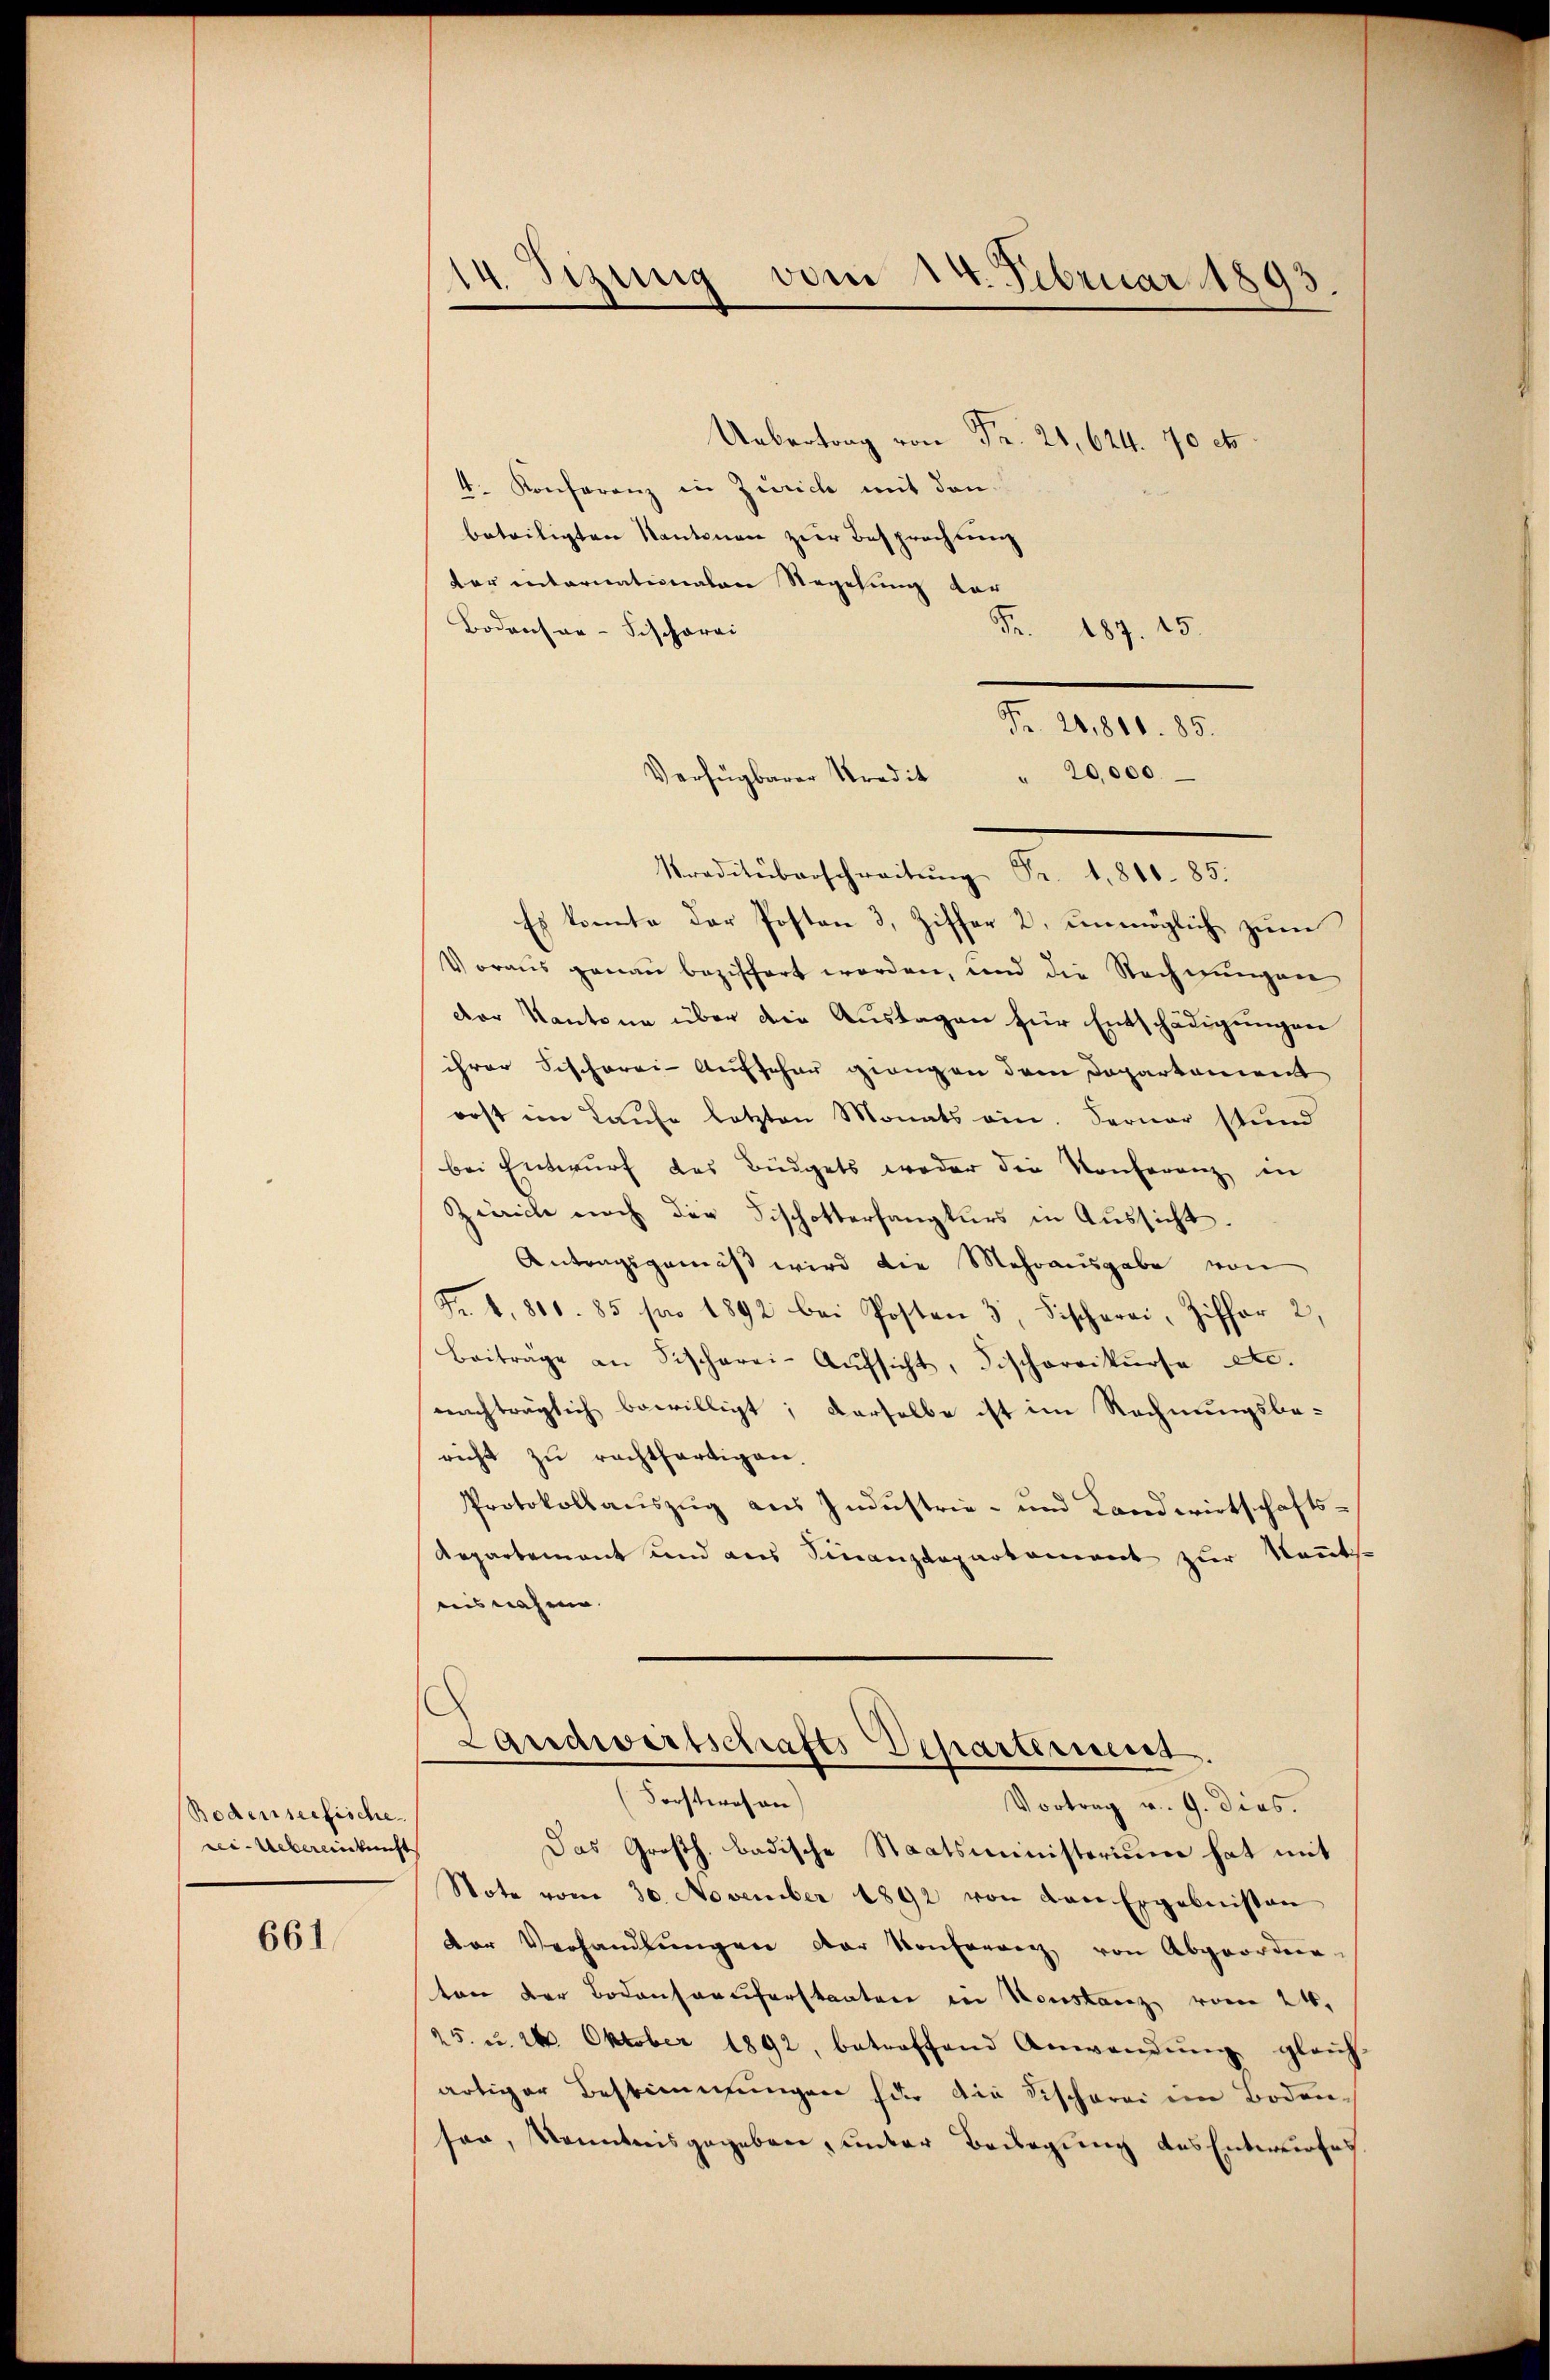
Bodenseefische
rei-Uebereinkunft

661.

14. Sizung vom 14. Februar 1893.

Uebertrag von Fr. 21, 624. 70 et
4. Konferenz in Zürich mit den
beteiligten Kantonen zur Besprechung
dar internationalen Regelung vor
Bodensan-Fischerei
Fr. 187. 15.
Fr. 20,818. 85.
" 20,000.
Traditüberschreitŭng Fr. 1818. 85.
Es konnte der Posten 3, Ziffer 2. unmöglich zum
Voraus genau beziffert worden, und die Rechnungen
der Kantone über die Auslagen für Entschädigungen
ihrer Fischerei- Aufsehen giengen dem Doparkament
rost im Laufe letzten Monats ein. Ferner stund
bei Entwurf des Büdgets weder die Konferenz in
Zürich noch die Fischotterhangkurs in Aussicht.
Antragsgemäß wird die Mehrausgabe von
Fr. 6. 811. 85 pro 1892 bei Posten 3, Fischerei, Ziffer 2,
Beiträge an Fischarei-Aŭfsicht, Fischorrikŭrsa etc.
nachträglich bewilligt; derselbe ist im Rechnungsbericht zŭ rechtfertigen.
Protokollaŭszŭg aŭs Indŭstrie- und Landwirtschafts-
Repartement und aus Finanzdeparkoment zur Kautse
aisnahme.
Landwertschafts-Departemens
(Forstwesen
Vortrag v. 9. dies.
Das Großh. badische Staatsministerium hat mit
Note vom 30. November 1892 von den Ergebnissen
der Verhandlungen der Konfereng von Abgeordern
ton der Bodensauferstaaten in Konstanz vom 24.
25. u. 24. Oktober 1892, betreffend Anwendŭng gleich-
artiger Bestimmungen für die Fischerei im Boden-
son, Kenntnisgegeben, unter Bedingung des Entwurfes

Verfügbarer Kredit